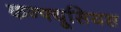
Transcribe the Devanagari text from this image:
कन्फ्यूसियस